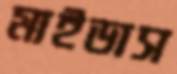
মাইডাস